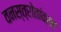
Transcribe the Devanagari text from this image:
वनस्त्रोतांवरच